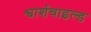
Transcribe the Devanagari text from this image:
श्वार्शचाइल्ड